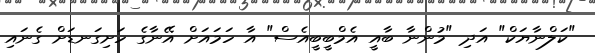
"ކަލްނާޔަކް" އަދި "މުންނާ ބާއީ އެމްބީބީއެސް" އާ ހަމައަށް އޭނާގެ ހަށިގަނޑަށް ގެނައި